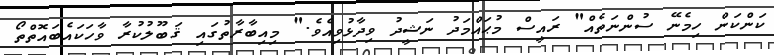
ކަންކަން ހިމެނޭ ސުންނަތެއް" ރައީސް މުޙައްމަދު ނަޝީދު ވިދާޅުވިއެވެ." މިއިބާރާތުގައި ޤަބޫލުކުރާ ވާހަކައެބައޮތްތޯ